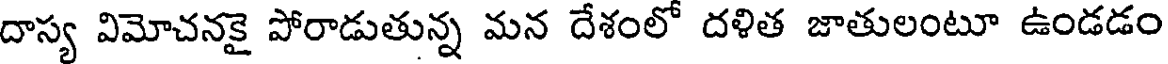
దాస్య విమోచనకై పోరాడుతున్న మన దేశంలో దళిత జాతులంటూ ఉండడం